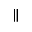
\parallel